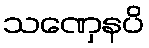
သဏှေနပိ